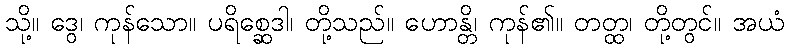
သို့။ ဒွေ၊ ကုန်သော။ ပရိစ္ဆေဒါ၊ တို့သည်။ ဟောန္တိ၊ ကုန်၏။ တတ္ထ၊ တို့တွင်။ အယံ